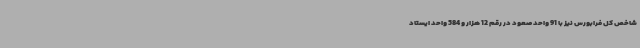
شاخص کل فرابورس نیز با 91 واحد صعود در رقم 12 هزار و 584 واحد ایستاد